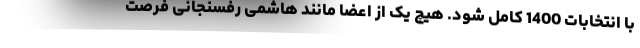
با انتخابات 1400 کامل شود. هیچ یک از اعضا مانند هاشمی رفسنجانی فرصت